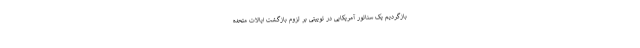
بازگردیم یک سناتور آمریکایی در توییتی بر لزوم بازگشت ایالات متحده